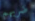
ضربهم